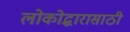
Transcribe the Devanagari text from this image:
लोकोद्धारासाठी